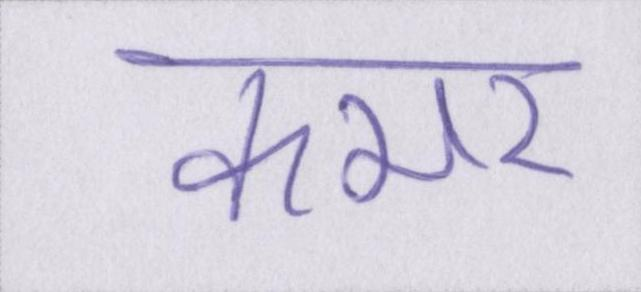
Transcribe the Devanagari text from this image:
कमर